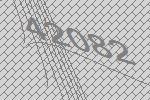
42082